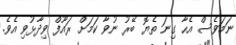
ނަމަވެސް އެހާ ގިނަ ތެޔޮ ބޭރު ނުވާ ކަމަށް ރައޫފް ވިދާޅުވި އެވެ.